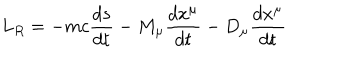
LaTeX: L _ { R } = - m c { \frac { d s } { d t } } - M _ { \mu } { \frac { d x ^ { \mu } } { d t } } - D _ { \mu } { \frac { d x ^ { \mu } } { d t } }